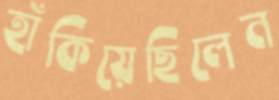
হাঁকিয়েছিলেন